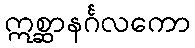
ဣစ္ဆာနင်္ဂလကော